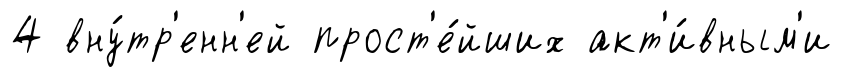
4 вну́тр'енн'ей прост'е́йших акт'и́вным'и